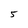
Character: 5